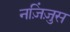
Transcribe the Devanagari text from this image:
नज़िंज़ुस